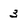
Character: 3